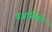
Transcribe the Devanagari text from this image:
प्रजातिची